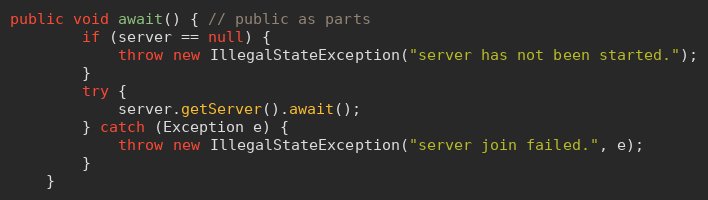
Language: Java
public void await() { // public as parts
        if (server == null) {
            throw new IllegalStateException("server has not been started.");
        }
        try {
            server.getServer().await();
        } catch (Exception e) {
            throw new IllegalStateException("server join failed.", e);
        }
    }